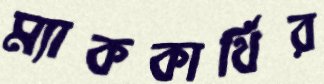
ম্যাককার্থির